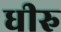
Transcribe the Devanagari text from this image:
धीरु